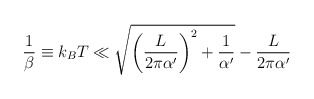
\begin{align*}\frac{1}{\beta}\equiv k_BT\ll \sqrt{ \left( \frac{L}{2\pi\alpha'}\right)^2+\frac{1}{\alpha'} }-\frac{L}{2\pi\alpha'}\end{align*}